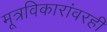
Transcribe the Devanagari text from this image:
मूत्रविकारांवरही